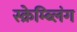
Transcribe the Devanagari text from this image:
स्क्रेम्ब्लिंग